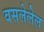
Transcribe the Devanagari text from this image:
वसलेलेल